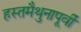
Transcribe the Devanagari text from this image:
हस्तमैथुनापूर्वी